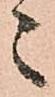
々